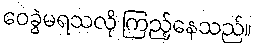
ဝေခွဲမရသလို ကြည့်နေသည်။